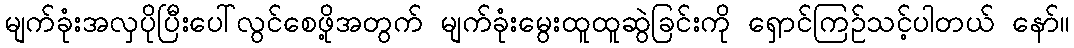
မျက်ခုံးအလှပိုပြီးပေါ်လွင်စေဖို့အတွက် မျက်ခုံးမွေးထူထူဆွဲခြင်းကို ရှောင်ကြဉ်သင့်ပါတယ် နော်။